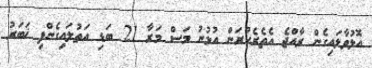
އޮޅުވާލައިގެން ރާއްޖެ އެތެރެކުރަން އުޅުނު މަސް މަރާ 21 ބަޑި އަތުލައިގެންފި ޚަބަރު